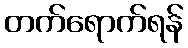
တက်ရောက်ရန်